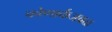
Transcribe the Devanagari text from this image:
कोणार्कजवळ